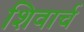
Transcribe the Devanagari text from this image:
शिवार्च